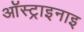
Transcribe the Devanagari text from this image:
ऑस्ट्राइनाइ